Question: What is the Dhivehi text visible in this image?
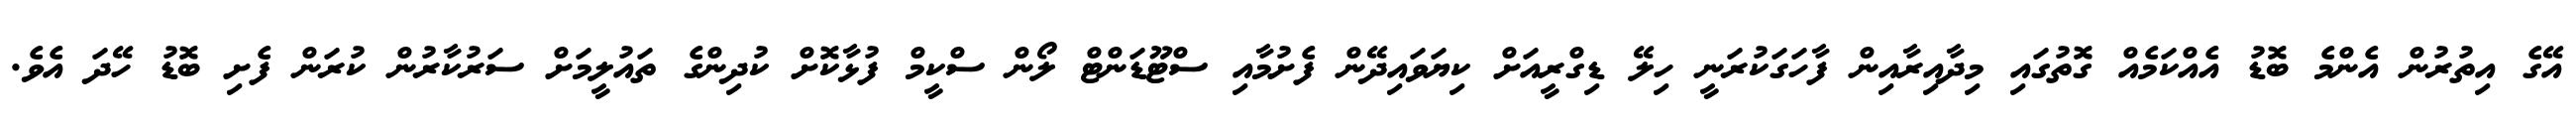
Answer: އޭގެ އިތުރުން އެންމެ ބޮޑު އެއްކަމެއް ގޮތުގައި މިދާއިރާއިން ފާހަގަކުރަނީ ހިލޭ ޑިގްރީއަށް ކިޔަވައިދޭން ފެށުމާއި ސްޓޫޑަންޓް ލޯން ސްކީމް ފުޅާކޮށް ކުދިންގެ ތައުލީމަށް ސަރުކާރުން ކުރަން ފެށި ބޮޑު ހޭދަ އެވެ.